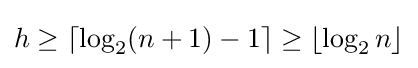
h\geq \lceil \log _{2}(n+1)-1\rceil \geq \lfloor \log _{2}n\rfloor